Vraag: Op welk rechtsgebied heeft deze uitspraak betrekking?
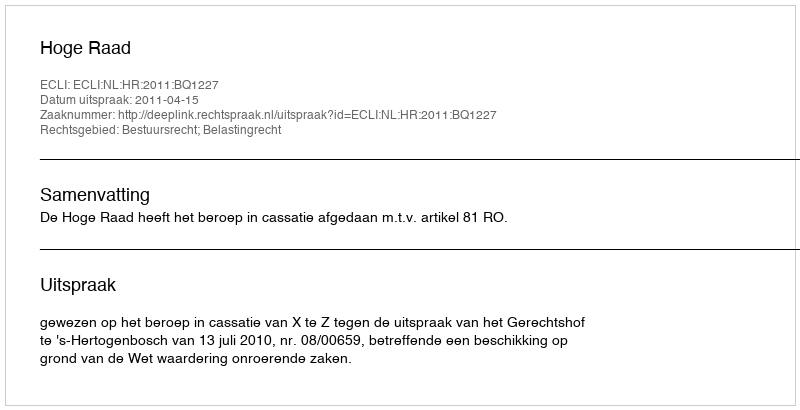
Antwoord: Bestuursrecht; Belastingrecht